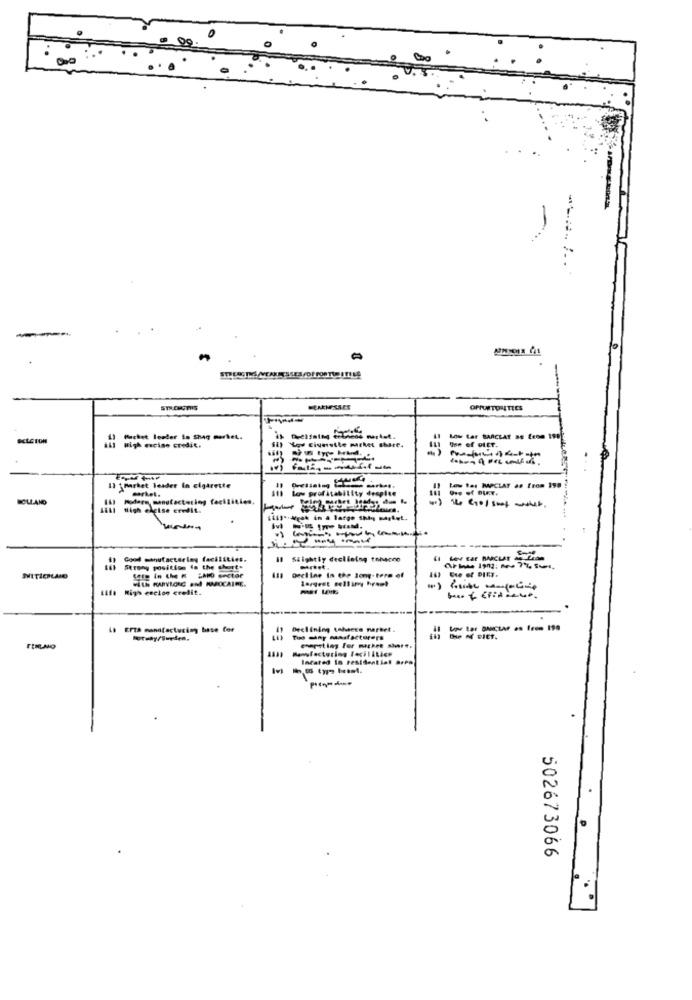
000
OPPORTUNITIES
Muchet leader in Shag market.
51) "Lov civerette market share.
Low tar BARCLAY DE Leon 1992
High meise credit.
------
1} \ Parket leader in cigarette
market.
Low profitability despite
-
Il Low ter MPCLAT as from 199 :
HOLLAND
163 Molare, manufactoring facilities.
SEMI thigh chcise credit.
12ss .- Wych in a large Shig market.
----
#] Good manufacturing facilities.
Il Stightly declining tobacno
Strony position fa the shorts
Sote In the # ZANO sector
with KAntond and MAROCAINE.
Decline In the long-term of
largest sellimy hraet
Life High encion credit.
bus & CFidiamo.
EFTA mandfacturing base for
Declining tabacco market.
Too many mansfacturers
located in residential area
502673066